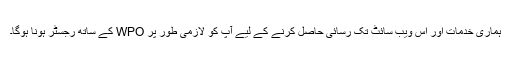
ہماری خدمات اور اس ویب سائٹ تک رسائی حاصل کرنے کے لیے آپ کو لازمی طور پر WPO کے ساتھ رجسٹر ہونا ہوگا۔